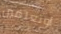
أوتعلمين